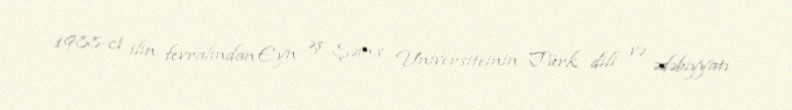
1988-ci ilin fevralından Eyn əş Şəms Universiteinin Türk dili və ədəbiyyatı